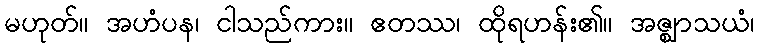
မဟုတ်။ အဟံပန၊ ငါသည်ကား။ ဧတဿ၊ ထိုရဟန်း၏။ အဇ္ဈာသယံ၊